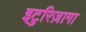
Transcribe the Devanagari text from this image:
इटुरिज़ागा